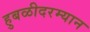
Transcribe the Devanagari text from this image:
हुबळीदरम्यान